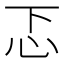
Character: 忑